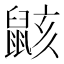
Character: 𱌎